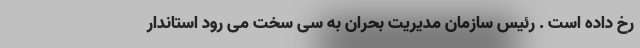
رخ داده است . رئیس سازمان مدیریت بحران به سی سخت می رود استاندار